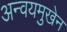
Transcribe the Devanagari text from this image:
अन्वयमुखेन